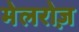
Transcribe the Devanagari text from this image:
मेलरोज़